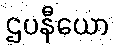
ဌပနီယော